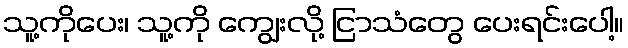
သူ့ကိုပေး၊ သူ့ကို ကျွေးလို့ ငြာသံတွေ ပေးရင်းပေါ့။